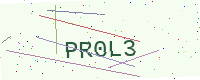
Text: PR0L3